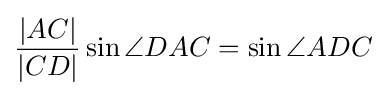
{{\frac {|AC|}{|CD|}}\sin \angle DAC=\sin \angle ADC}